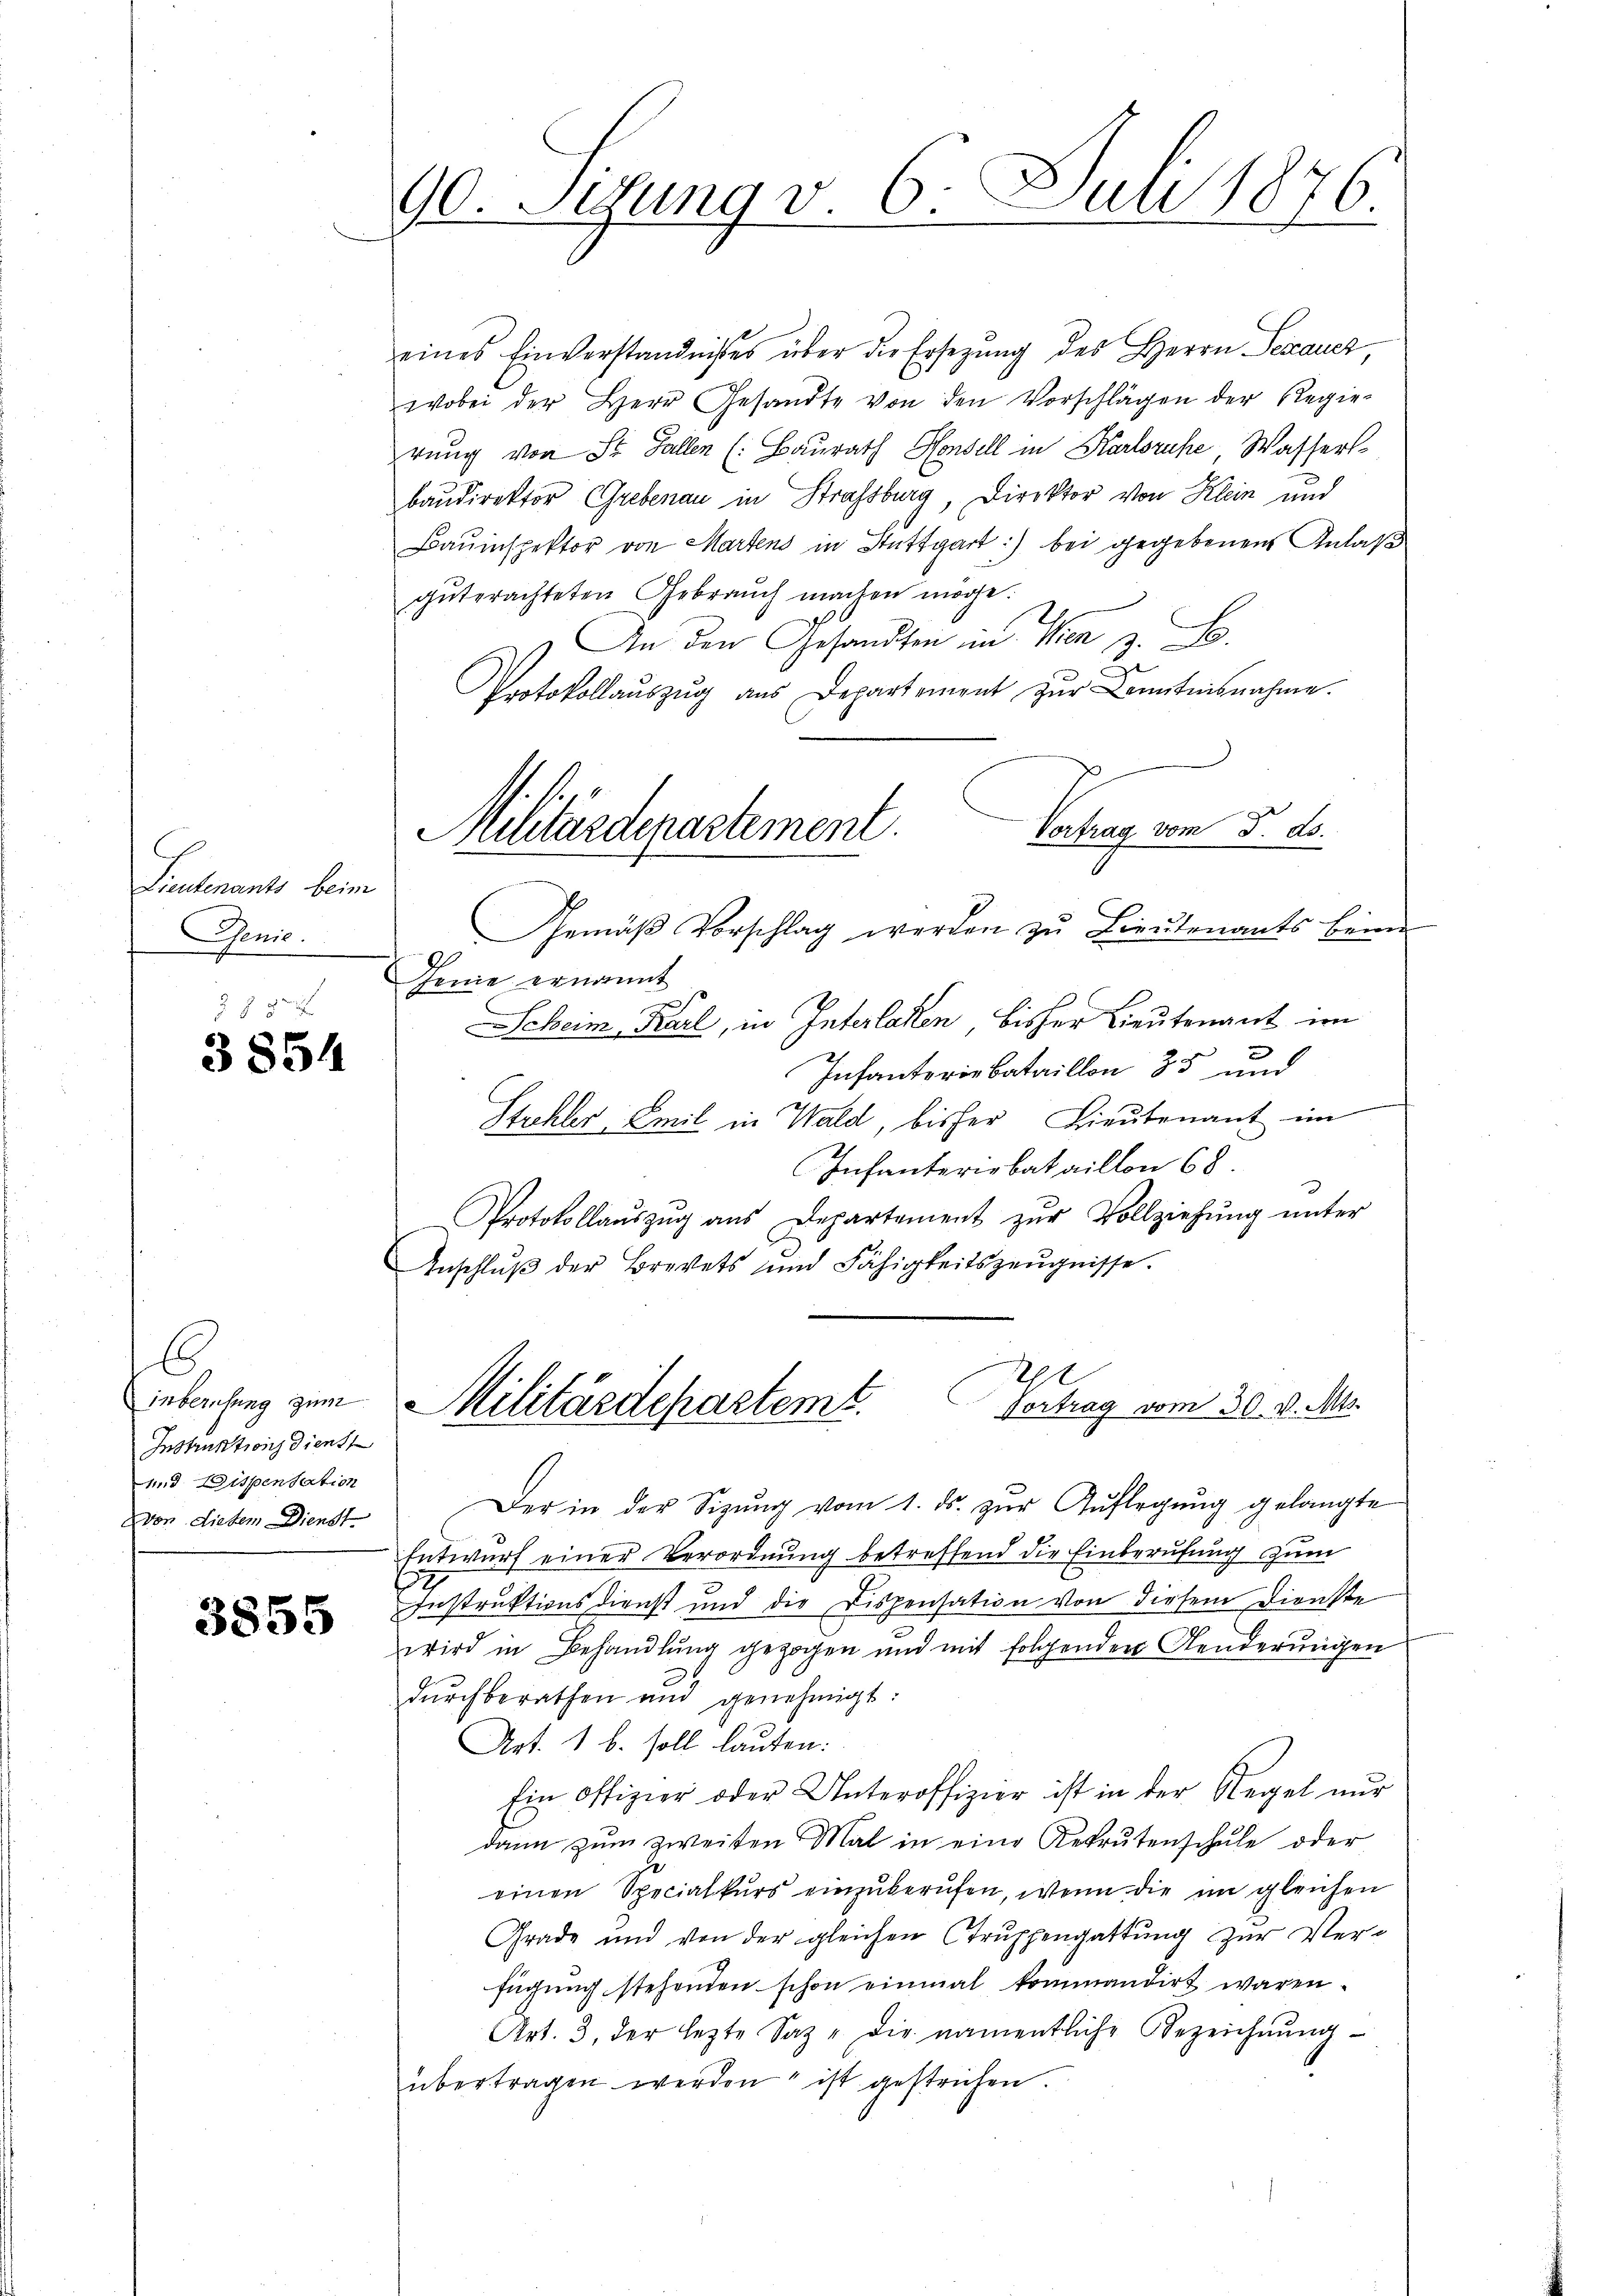
Lieutenants beim
Genie.
8
rch

3854

6
Instruktions Dienst
und Dispensation
evon diesem Dienst-

3855

90. Setzung v. 6. Juli 1876.

eines Einverständnisses über die Ersezung des Herrn Sexaucz
wobei der Herr Gesandte von den Vorschlägen der Regie-
rung von St. Gallen (: Baurath Hondell in Karlsruhe Wassers
baudirektor Grebenau in Strassburg, Direktor von Klein und
Bauinspektor von Martens in Stuttgart:) bei gegebenen Anlaß
gŭterachteten Gebrauch machen möge.
An den Gesandten in Wien z. B.
Protokollaŭszŭg aŭs Departement zŭr Kenntnisnahme.
Gemäβ Vorschlag werden zu Lieutenants beim
Jenne ernannt
Scheim Karl, in Interlaken bisher Lieutenant im
2
Infanterie Bataillon 85 und
Strehler Emil in Wald, bisher Lieutenant im
Infanteriebataillon 68
Protokollaŭszŭg aŭs Departement zŭr Vollziehŭng ŭnter
Anschluß der Brevets und Fähigkeitszeugnisse.
l
iebenfang zum Militärdepartemt.
Vortrag vom 30. v. Mts.
Der in der Sizŭng vom 1. ds. zŭr Aŭflegŭng gelangte
Entwurf einer Verordnung betreffend die Einberufung zum
Instruktionsdienst und die Dispensation von diesem Dienste
wird in Behandlung gezogen und mit folgenden Aenderungen
dŭrchberathen und genehmigt:
Art. 1 b. soll lauten:
Ein offizier oder Unteroffizier ist in der Regel nur
dann zŭm zweiten Mal in eine Rekrutenschŭle oder
einen Specialkurs einzŭberŭfen, wenn die im gleichen
Grade und von der gleichen Trŭppengattung zŭr Ver-
fügung stehenden schon einmal kommandirt waren.
Art. 3, der lezte Saz" die namentliche Bezeichnŭng
übertragen werden ist gestrechen.

Vortrag vom 5. ds.
Militärdepartement.